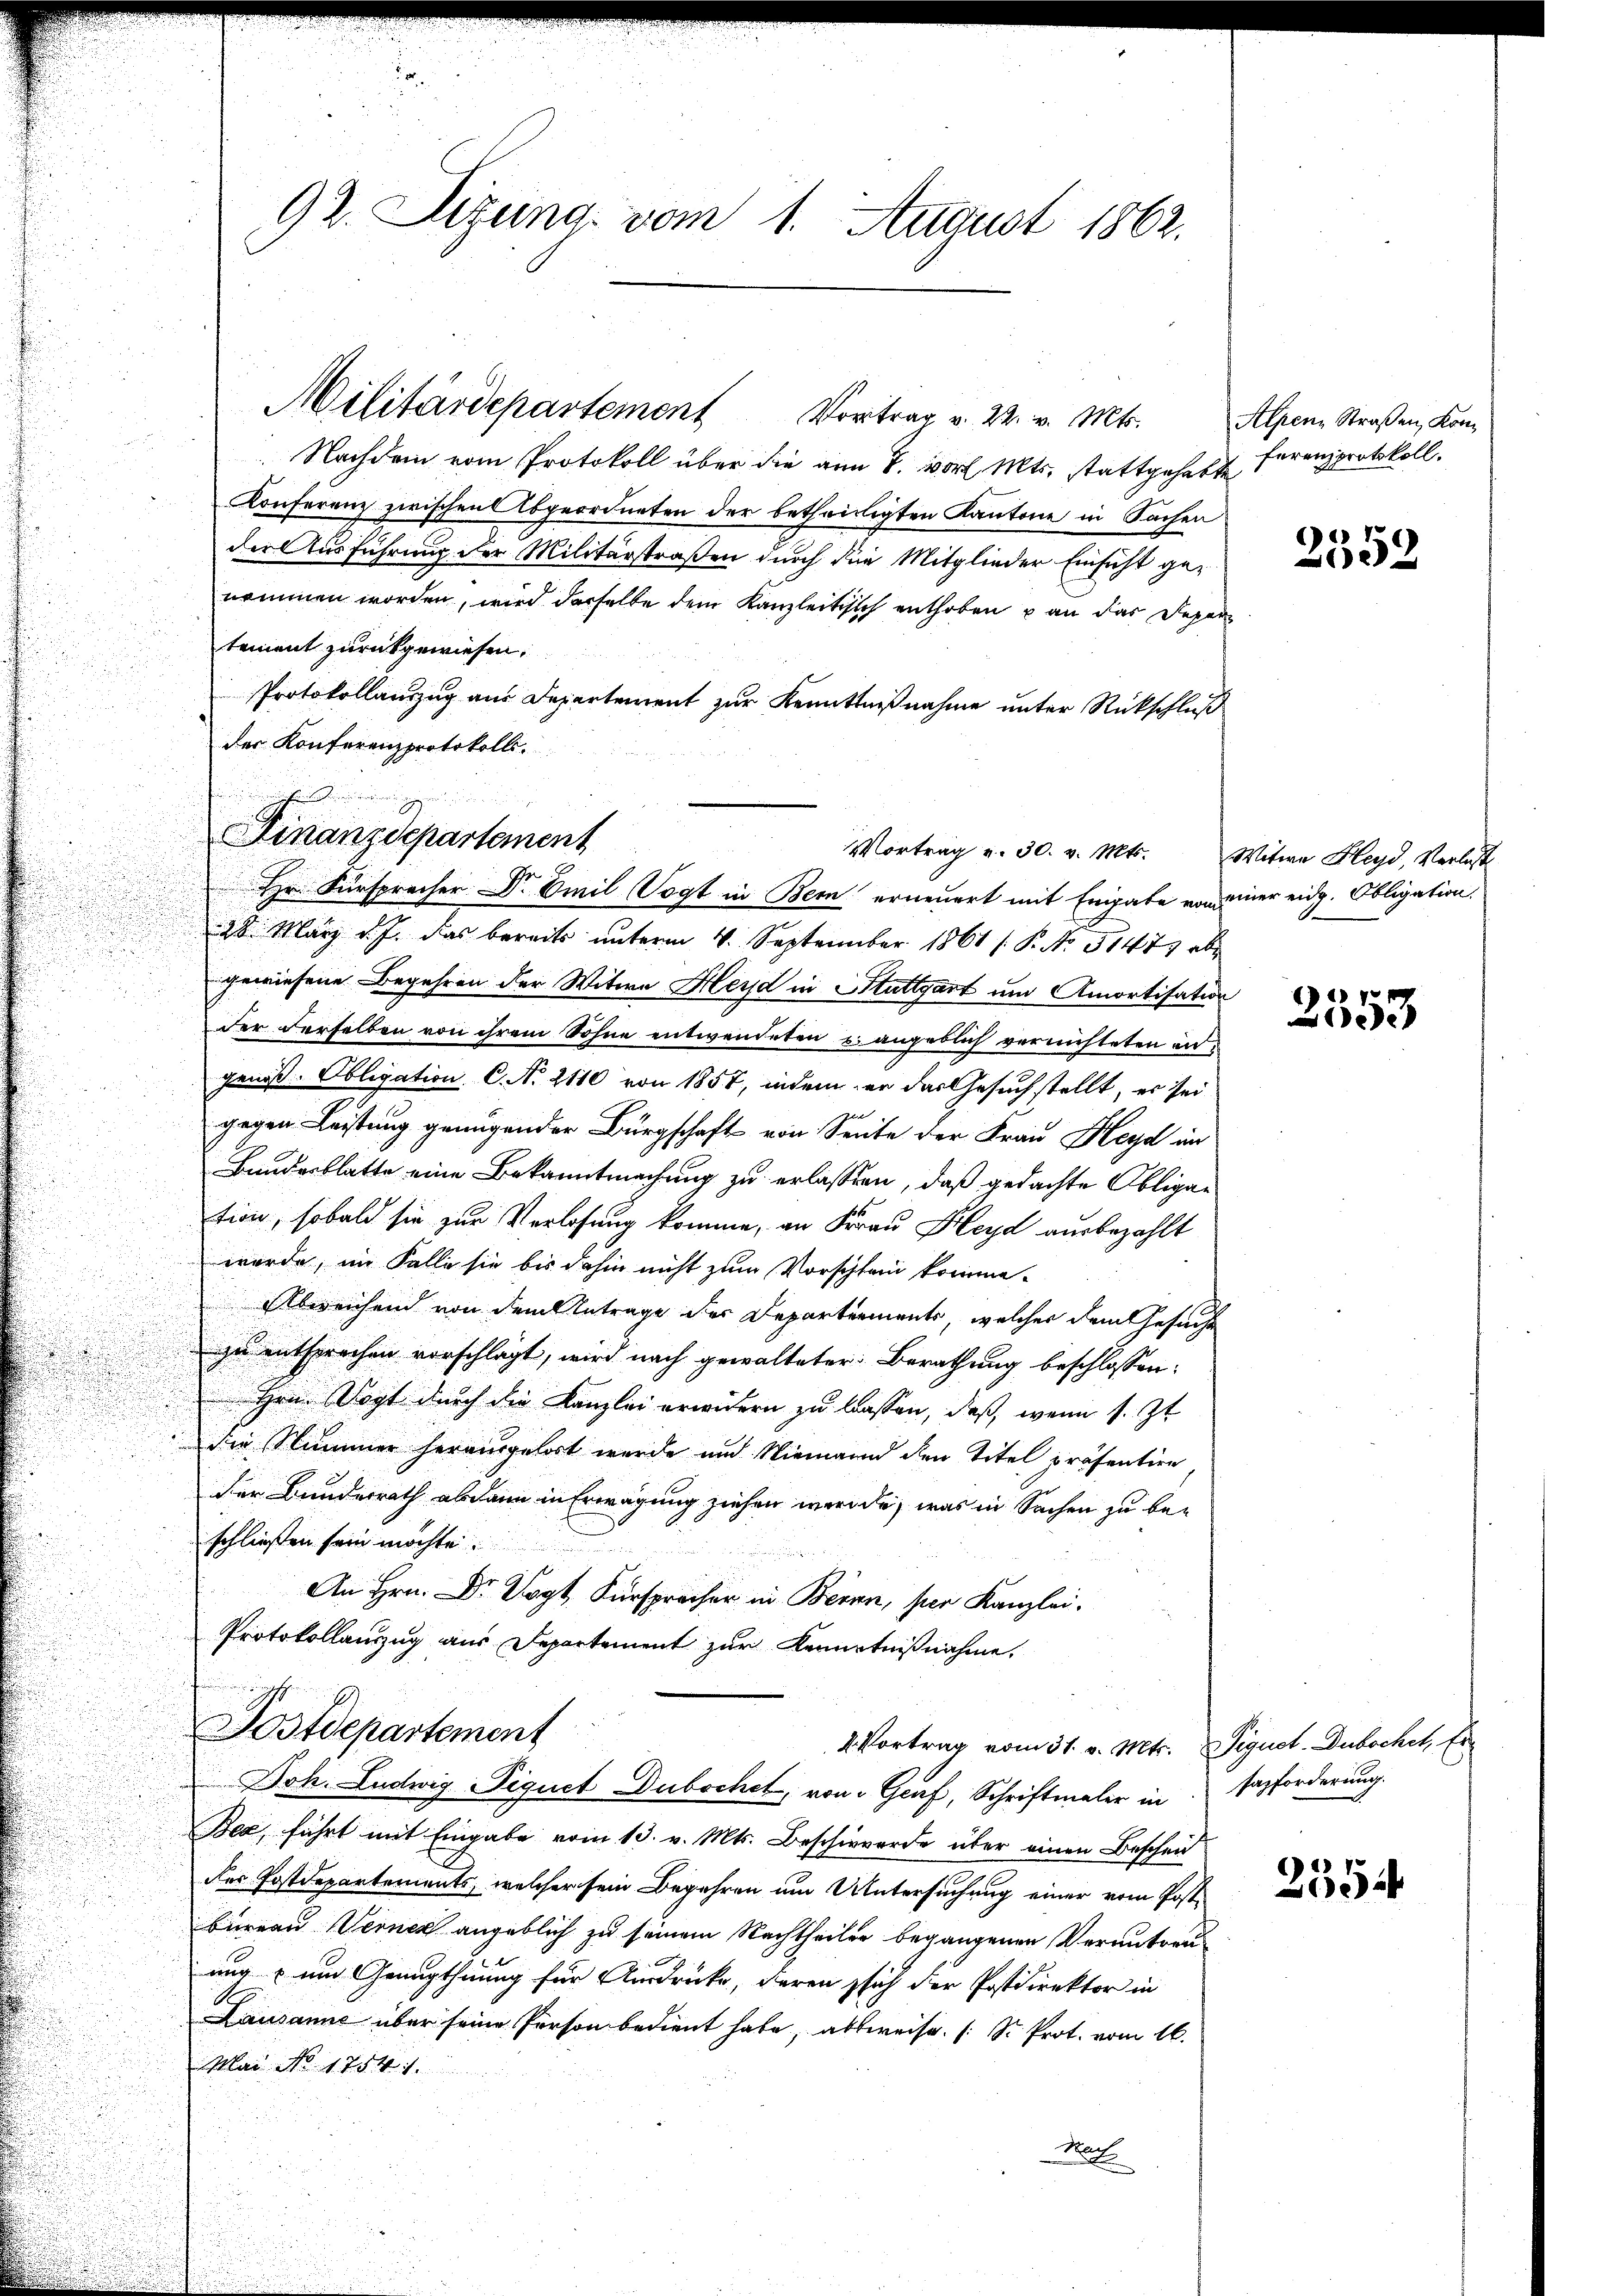
92. Sizung vom 1. August 1862.

Militärdepartement Vortrag v. 22. v. Mts. Alpen Straßen, Kon
i
 Nachdem vom Protokoll über die am 8. wort Mts. stattgehabte
Konferenz zwischen Abgeordneten der betheiligten Kantone in Sachen
der Ausführung der Militärstraßen durch die Mitglieder Einsicht genommen worden, wird derselbe dem Kanzleitisch enthoben u an das Departement zurückgewiesen.
Protokollauszug aus Departement zur Kenntnißnahme unter Rückschluß
der Konferenzprotokolls.
28. März d. J. das bereits unterm 4. September 1861 / P. No 51473 ab
gewiesene Begehren der Witwe Herd in Stuttgart und Amortisation
der derselben von ihrem Sohne entwendeten u. angeblich vernichteten in
genoß. Obligation C. No. 2110 von 1857, indem er das Gesuchstellt, er sei
gegen Leistung genügender Bürgschaft von Seite der Frau Heyd in
Bundesblatte eine Bekanntmachung zu erlassen, daß gedachte Obligation, sobald sie zur Verlosung komme, an Frau Heyd ausbezahlt
wurde, im Falle sie bis dahin nicht zum Vorschland komme.
Abweichend von dem Antrage der Departements, welcher dem Gesuchte
zu entsprochen vorschlägt, wird nach gewalteter Berathung beschlossen:
Hrn. Vogt durch die Kanzlei erwidern zu lassen, daß, wenn s. Zt.
die Nummer herausgehört wurde und Niemann den Titel präsentire
Der Bunderrath abdann in Erwägung ziehen werde, was in Sachen zu beschließen sein möchte.
B per Kanzlei
Protokollanzug aus Departement zur Kenntnißnahme.

Finanzdepartement
Vortrag v. 30. v. Mts. Witwe Heyd, Verlass
Hr. Fürspracher Dr Emil Vogt in Bern erneuert mit Eingabe von einer eidg. Obligation.

Postdepartement
4. Vortrag vom 31. v. Mts. Signet. Dubochet, Er¬
Joh. Ludwig Tiguet Dubochet, von Genf, Schriftmaler in

Bea, führt mit Eingabe vom 13. v. Mts. Beschwerde über einen Bescheid
der Postdepartements, welcher sein Begehren um Untersuchung einer vom Post-
Bureau Verner angeblich zu seinem Nachtheiler begangenen Veruntreuung zum Genugthuung für Ausdrücke, deren sich der Postdirektor in
Lausanne über seine Person bedient habe, abweise. (S. Prot. vom 16.
Mai No 17541.
Nat

ferenzprotokoll.

2552

17
653

sazforderung.

2554